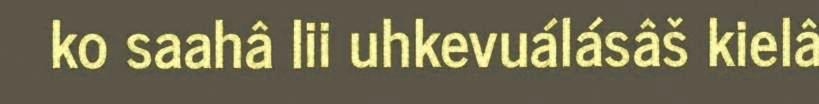
ko saahâ lii uhkevuálásâš kielâ